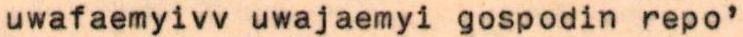
uwafaemyivv uwajaemyi gospodin repo'